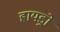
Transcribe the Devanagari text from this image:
हायड्रो